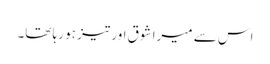
اس سے میرا شوق اور تیز ہو رہا تھا۔